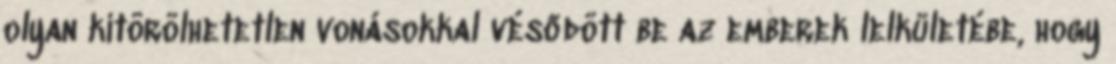
olyan kitörölhetetlen vonásokkal vésődött be az emberek lelkületébe, hogy